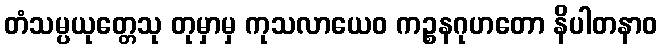
တံသမ္ပယုတ္တေသု တုမှာမှ ကုသလာယေဝ ကဉ္စနဂုဟတော နိပါတနာဝ